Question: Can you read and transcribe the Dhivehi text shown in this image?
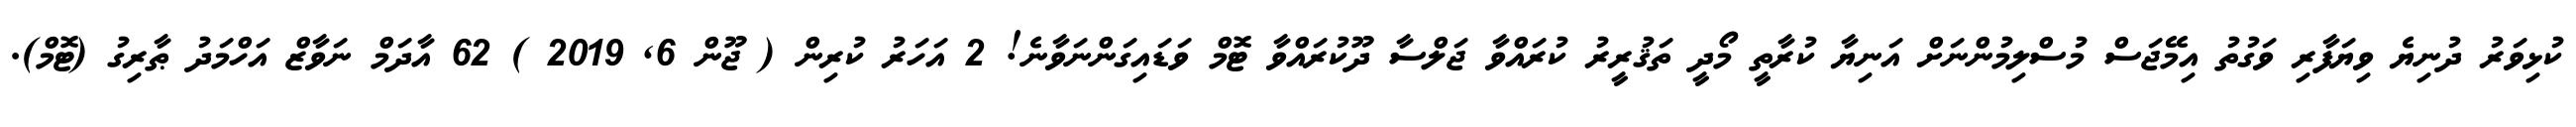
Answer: ކުޅިވަރު ދުނިޔެ ވިޔަފާރި ވަގުތު އިމޭޖަސް މުސްލިމުންނަށް އަނިޔާ ކުރާތީ މޯދީ ތަޤުރީރު ކުރައްވާ ޖަލްސާ ދޫކުރައްވާ ޓޮމް ވަޑައިގަންނަވާނެ! 2 އަހަރު ކުރިން ( ޖޫން 6, 2019 ) 62 އާދަމް ނަވާޒް އަހްމަދު ޠާރިގު (ޓޮމް).